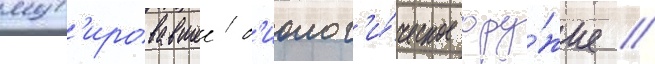
мут'ировавшее б'иолог'и́ческое ору́жие //